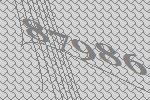
87986